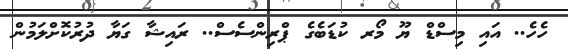
ހެހެ.. އައި މިސްޑް ޔޫ މޯރ ކުޑަބެގެ ޕްރިންސެސް.. ރައިޝާ ގަޔާ ދުރުކޮށްލަމުން